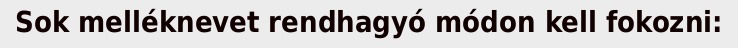
Sok melléknevet rendhagyó módon kell fokozni: